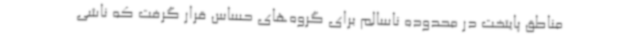
مناطق پایتخت در محدوده ناسالم برای گروه‌های حساس قرار گرفت که ناشی